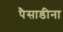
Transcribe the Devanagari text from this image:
पैसाडीना